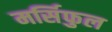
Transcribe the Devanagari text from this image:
मर्सिफुल